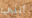
أنني